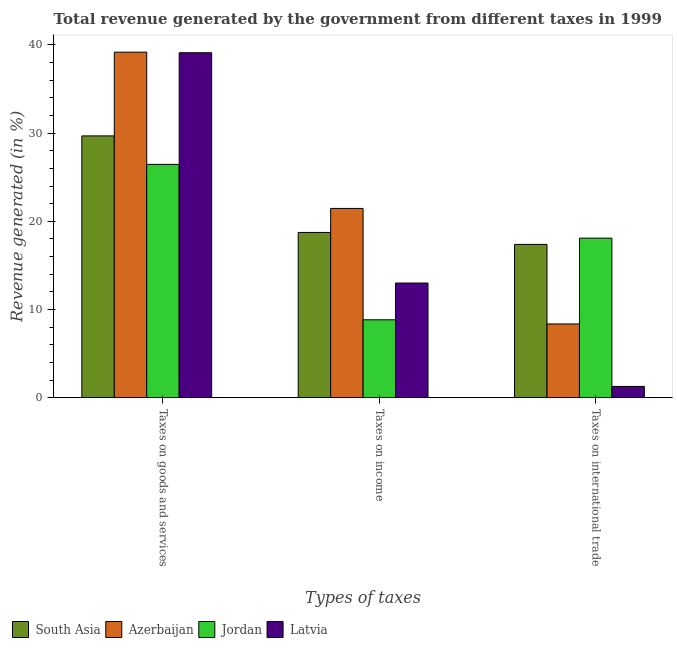
| Types of taxes | South Asia | Azerbaijan | Jordan | Latvia |
 | --- | --- | --- | --- | --- |
 | Taxes on goods and services | 29.7 | 39.2 | 26.5 | 39.1 |
 | Taxes on income | 18.7 | 21.5 | 8.84 | 13 |
 | Taxes on international trade | 17.4 | 8.37 | 18.1 | 1.3 |